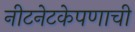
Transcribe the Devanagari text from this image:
नीटनेटकेपणाची